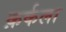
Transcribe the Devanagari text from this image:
क़र्कला